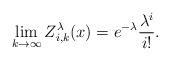
LaTeX: \begin{align*}\lim_{k\rightarrow\infty} Z^\lambda_{i,k}(x)= e^{-\lambda} \frac{\lambda^i}{i!}.\end{align*}